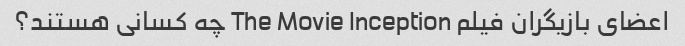
اعضای بازیگران فیلم The Movie Inception چه کسانی هستند؟